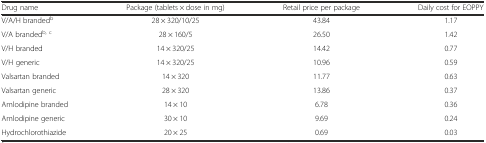
<table><thead><tr><td><b>Drug name</b></td><td><b>Package (tablets × dose in mg)</b></td><td><b>Retail price per package</b></td><td><b>Daily cost for EOPPY</b></td></tr></thead><tbody><tr><td>V/A/H branded<sup>b</sup></td><td>28 × 320/10/25</td><td>43.84</td><td>1.17</td></tr><tr><td>V/A branded<sup>b, c</sup></td><td>28 × 160/5</td><td>26.50</td><td>1.42</td></tr><tr><td>V/H branded</td><td>14 × 320/25</td><td>14.42</td><td>0.77</td></tr><tr><td>V/H generic</td><td>14 × 320/25</td><td>10.96</td><td>0.59</td></tr><tr><td>Valsartan branded</td><td>14 × 320</td><td>11.77</td><td>0.63</td></tr><tr><td>Valsartan generic</td><td>28 × 320</td><td>13.86</td><td>0.37</td></tr><tr><td>Amlodipine branded</td><td>14 × 10</td><td>6.78</td><td>0.36</td></tr><tr><td>Amlodipine generic</td><td>30 × 10</td><td>9.69</td><td>0.24</td></tr><tr><td>Hydrochlorothiazide</td><td>20 × 25</td><td>0.69</td><td>0.03</td></tr></tbody></table>